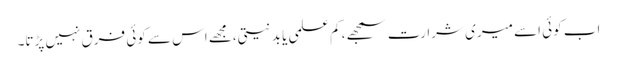
اب کوئی اسے میری شرارت سمجھے، کم علمی یا بد نیتی،مجھے اس سے کوئی فرق نہیں پڑتا۔